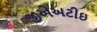
જીએઅટીઇ